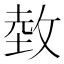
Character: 𱡛